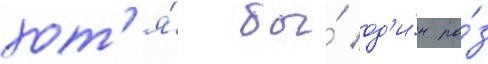
хот'я́ бы́ од'и́н ра́з